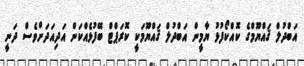
އަބްދުލް ޤައްޔޫމްގެ ކޮއްކޯފުޅު ޔާމީން އަބްދުލް ޤައްޔޫމަކީ ކޮރަޕްޓް ބޭފުޅެއްކަން އަދިއަދަށްވެސް ދަނީ